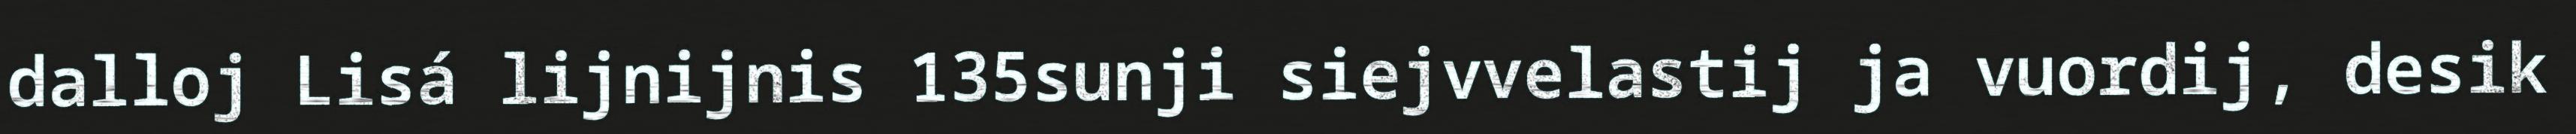
dalloj Lisá lijnijnis 135sunji siejvvelastij ja vuordij, desik